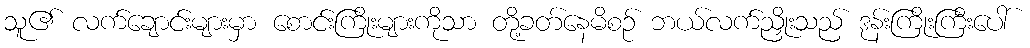
သူ၏ လက်ချောင်းများမှာ စောင်းကြိုးများကိုသာ တို့ခတ်နေမိစဉ် ဘယ်လက်ညှိုးသည် ဒုန်းကြိုးကြီးပေါ်